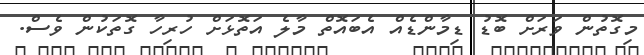
މިގޮތުން ވަރަށް ބޮޑު ޑިމާންޑެއް އެބައޮތް މާލެ އަތޮޅަށް ހުރިހާ ގޮތަކުން ވެސް.